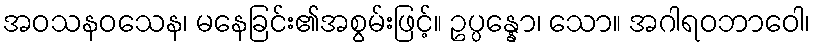
အဝသနဝသေန၊ မနေခြင်း၏အစွမ်းဖြင့်။ ဥပ္ပန္နော၊ သော။ အဂါရဝဘာဝေါ၊